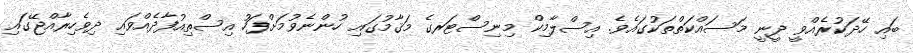
ބައި ހޭދަކުރެއްވީ ދީނީ މަސައްކަތްތަކުގައެވެ. އިސްލާމިކް މިނިސްޓަރގެ މަޤާމުގައި ހުންނެވުމަށްފަހު އިސްތިއުފާދެއްވައި ދިވެހިރާއްޖޭގައި